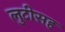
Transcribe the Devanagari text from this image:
लुटीसह